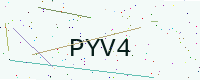
Text: PYV4